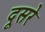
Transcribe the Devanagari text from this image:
दूसरेे